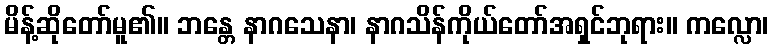
မိန့်ဆိုတော်မူ၏။ ဘန္တေ နာဂသေနာ၊ နာဂသိန်ကိုယ်တော်အရှင်ဘုရား။ ကလ္လော၊